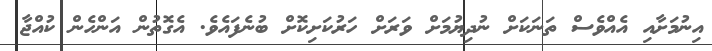
އިނުމަށާއި އެއްވެސް ތަނަކަށް ނުދިޔުމަށް ވަރަށް ހަރުކަށިކޮށް ބުނެފައެވެ. އެގޮތުން އަންހެން ކުއްޖާ